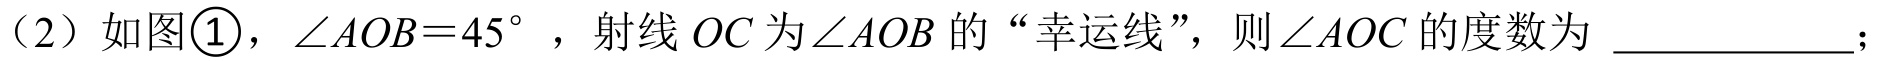
（2）如图\textcircled{1}，\(\angle AOB = 45^{\circ}\)，射线 \(OC\)为\(\angle AOB\)的“幸运线”，则\(\angle AOC\)的度数为 \underline{\qquad\qquad}；